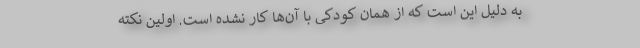
به دلیل این است که از همان کودکی با آن‌ها کار نشده است. اولین نکته‌